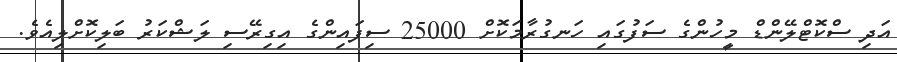
އަދި ސްކޮޓްލޭންޑް މީހުންގެ ސަފުގައި ހަނގުރާމަކޮށް 25000 ސިފައިންގެ އިގިރޭސި ލަޝްކަރު ބަލިކޮށްލިއެވެ.